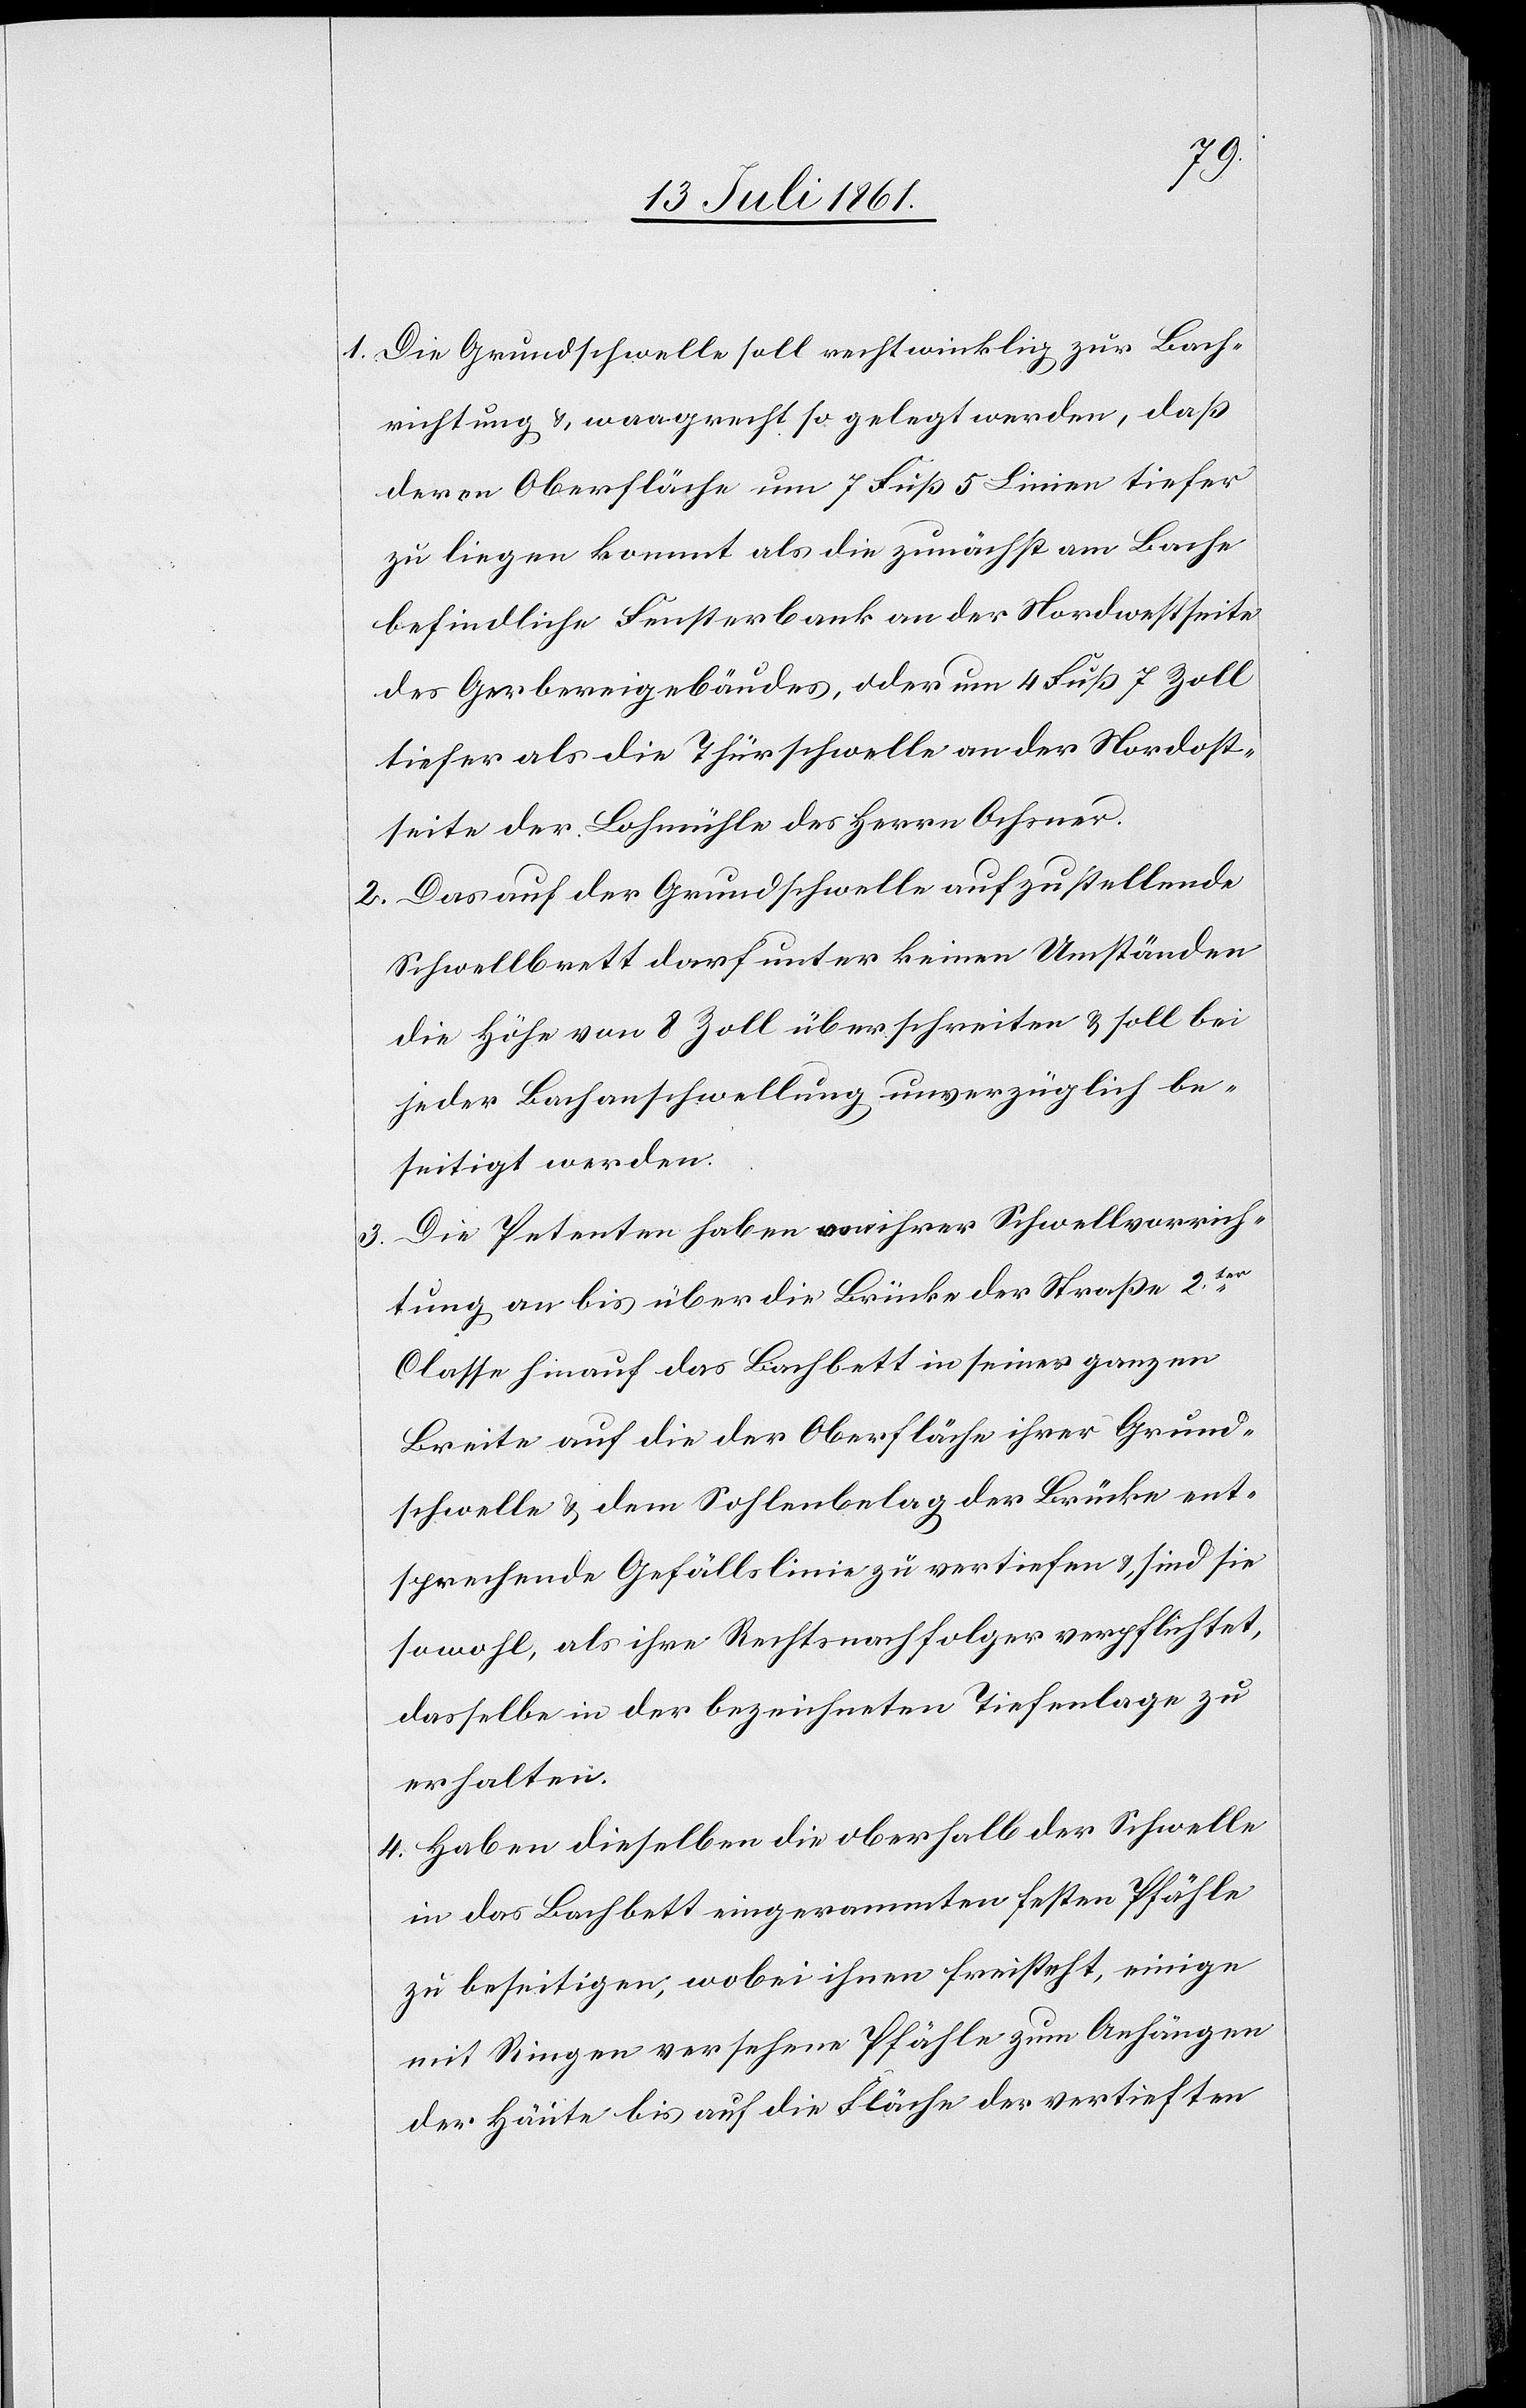
1. Die Grundschwelle soll rechtwinklig zur Bach¬
richtung u. waagrecht so gelegt werden, daß
deren Oberfläche um 7 Fuß 5 Linien tiefer
zu liegen kommt als die zunächst am Bache
befindliche Fensterbank an der Nordwestseite
des Gerbereigebäudes, oder um 4 Fuß 7 Zoll
tiefer als die Thürschwelle an der Nordost¬
seite der Bachmühle des Herrn Ochsner.
2. Das auf der Grundschwelle aufzustellende
Schwellbrett darauf unter keinen Umständen
die Höhe von 8 Zoll überschreiten u. soll bei
jeder Bachanschwellung unverzüglich be¬
seitigt werden.
3. Die Petenten haben von ihrer Schwellvorrich¬
tung an bis über die Brücke der Straße 2ter
Classe hinauf das Bachbett in seiner ganzen
Breite auf die Oberfläche ihrer Grund¬
schwelle u. dem Sohlenbelag der Brücke ent¬
sprechende Gefällslinie zu vertiefen u. sind sie
sowohl, als ihre Rechtsnachfolger verpflichtet,
dasselbe in der bezeichneten Tiefenlage zu
erhalten.
4. Haben dieselben die oberhalb der Schwelle
in das Bachbett eingerammten festen Pfähle
zu beseitigen, wobei ihnen freisteht, einige
mit Ringen versehene Pfähle zum Anhängen
der Häute bis auf die Fläche der vertieften